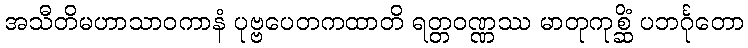
အသီတိမဟာသာဝကာနံ ပုဗ္ဗပေတကထာတိ ရတ္တဝဏ္ဏဿ မာတုကုစ္ဆိံ ပဘင်္ဂုတော